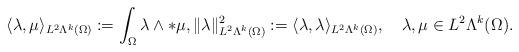
LaTeX: \begin{align*} \langle\lambda,\mu\rangle_{L^{2}\Lambda^{k}(\Omega)}:=\int_{\Omega}\lambda\wedge\ast\mu, \Vert\lambda\Vert^{2}_{L^{2}\Lambda^{k}(\Omega)}:=\langle\lambda,\lambda\rangle_{L^{2}\Lambda^{k}(\Omega)},\quad\lambda,\mu\in L^{2}\Lambda^{k}(\Omega).\end{align*}